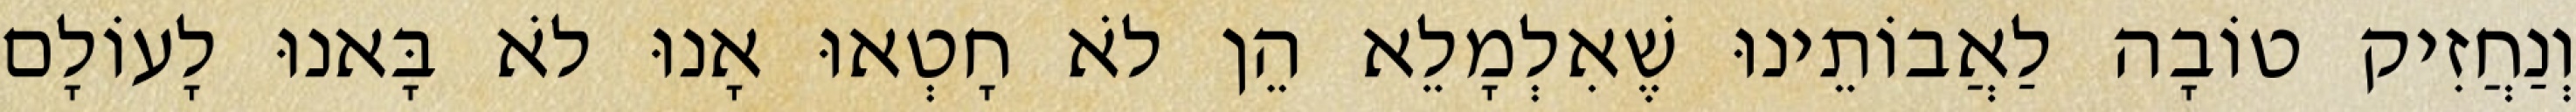
וְנַחֲזִיק טוֹבָה לַאֲבוֹתֵינוּ שֶׁאִלְמָלֵא הֵן לֹא חָטְאוּ אָנוּ לֹא בָּאנוּ לָעוֹלָם